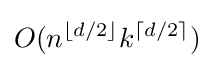
O(n^{\lfloor d/2\rfloor }k^{\lceil d/2\rceil })